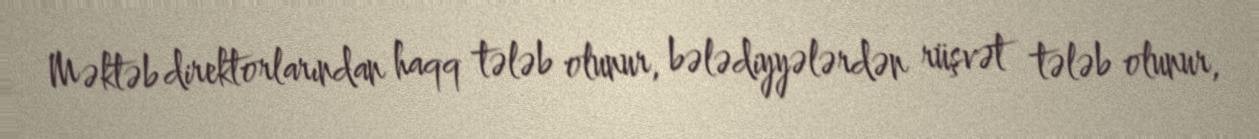
Məktəb direktorlarından haqq tələb olunur, bələdiyyələrdən rüşvət tələb olunur,